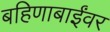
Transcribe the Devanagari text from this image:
बहिणाबाईंवर